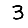
Digit: 3